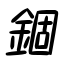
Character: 錮